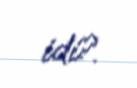
idi?.